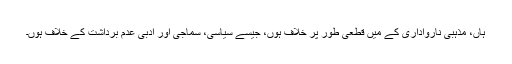
ہاں، مذہبی نارواداری کے میں قطعی طور پر خلاف ہوں، جیسے سیاسی، سماجی اور ادبی عدم برداشت کے خلاف ہوں۔